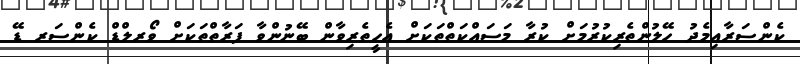
ކެންސަރާއިމެދު ހޭލުންތެރިކުރުމަށް ކުރާ މަސައްކަތްތަކަށް އެހީތެރިވާން ބޭނުންވާ ފަރާތްތަކަށް ވޯރލްޑް ކެންސަރ ޑޭ